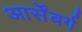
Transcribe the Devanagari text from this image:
आर्सेंबर्ग